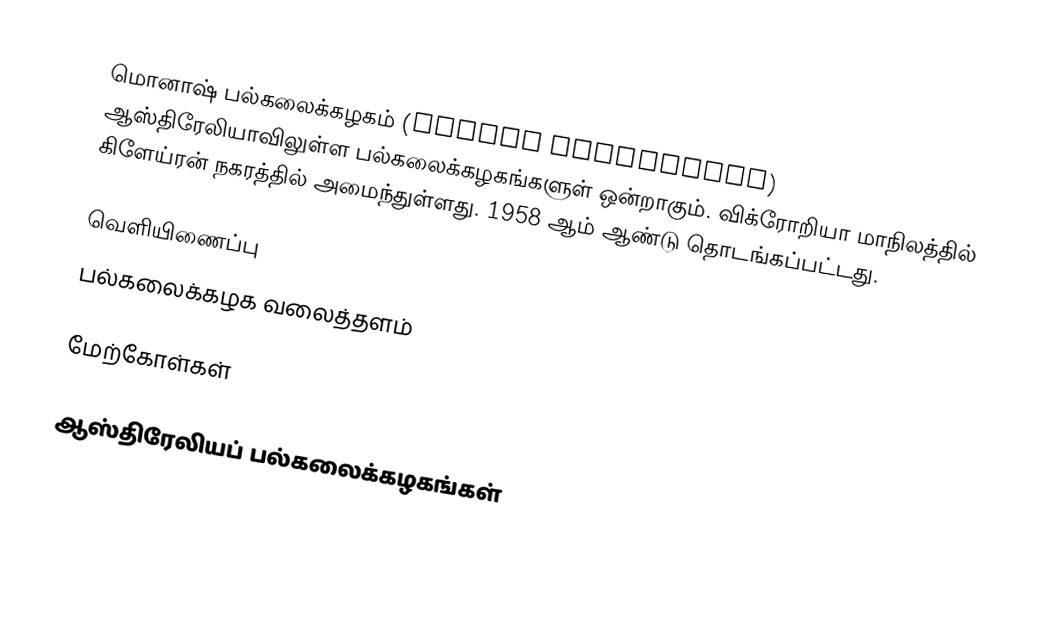
மொனாஷ் பல்கலைக்கழகம் (Monash University) ஆஸ்திரேலியாவிலுள்ள பல்கலைக்கழகங்களுள் ஒன்றாகும். விக்ரோறியா மாநிலத்தில் கிளேய்ரன் நகரத்தில் அமைந்துள்ளது. 1958 ஆம் ஆண்டு தொடங்கப்பட்டது.

வெளியிணைப்பு
 பல்கலைக்கழக வலைத்தளம்

மேற்கோள்கள்

ஆஸ்திரேலியப் பல்கலைக்கழகங்கள்